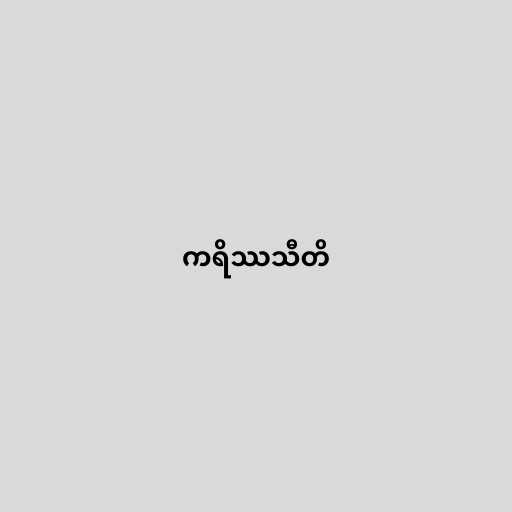
ကရိဿသီတိ